Indian journal of veterinary science and animal husbandry - Volume 4,
Year: 1934
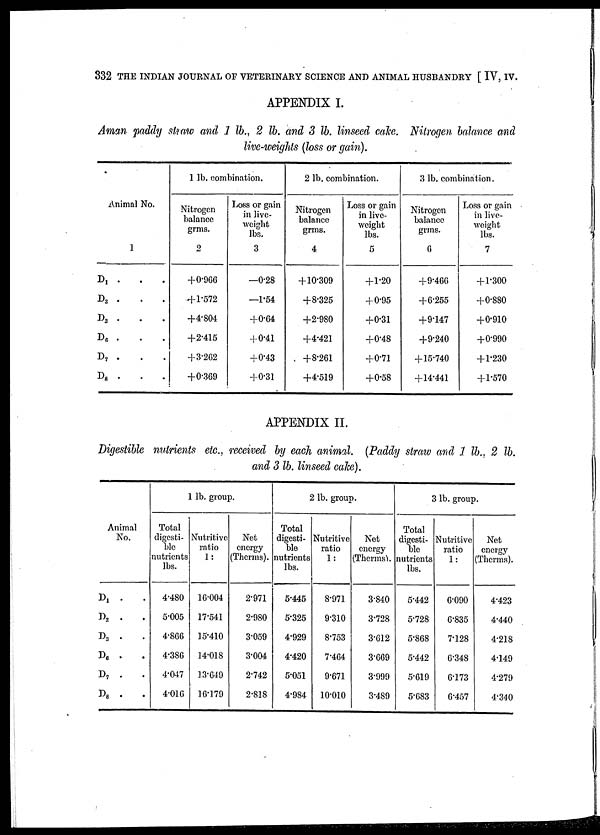
332 THE INDIAN JOURNAL OF VETERINARY SCIENCE AND ANIMAL HUSBANDRY [ IV, IV.
APPENDIX I.
Aman paddy straw and 1 lb., 2 lb. and 3 lb. linseed cake. Nitrogen balance and
live-weights (loss or gain).
Animal No.
1
D 1 .
.
.
D 2 .
. .
D 3 .
.
.
D 6 .
.
.
D 7 . . .
D 8 .
.
.
1 lb. combination.
Nitrogen
balance
grms.
2
+0.966
+1.572
+4.804
+2.415
+3.262
+0.369
Loss or gain
in live-
weight
lbs.
3
—0.28
—1.54
+0.64
+ 0.41
+0.43
+0.31
2 lb. combination.
Nitrogen
balance
grms.
4
+10.309
+8.325
+2.980
+4.421
+8.261
+4.519
Loss or gain
in live-
weight
lbs.
5
+1.20
+0.95
+0.31
+0.48
+0.71
+0.58
3 lb. combination.
Nitrogen
balance
grms.
6
+9.466
+6.255
+9.147
+9.240
+ 15.740
+14.441
Loss or gain
in live-
weight
lbs.
7
+ 1.300
+0.880
+0.910
+0.990
+1.230
+1.570
APPENDIX II.
Digestible nutrients etc., received by each animal. (Paddy straw and 1 lb., 2 lb.
and 3 lb. linseed cake).
Animal
No.
D 1 .
.
D 2 . .
D 3 .
.
D 6 .
.
D 7 .
.
D 8 .
.
1 lb. group.
Total
digesti-
ble
nutrients
lbs.
4.480
5.005
4.866
4.386
4.047
4.016
Nutritive
ratio
1:
16.004
17.541
15.410
14.018
13.649
16.179
Net
energy
(Therms).
2.971
2.980
3.059
3.004
2.742
2.818
2 lb. group.
Total
digesti-
ble
nutrients
lbs.
5.445
5.325
4.929
4.420
5.051
4.984
Nutritive
ratio
1:
8.971
9.310
8.753
7.464
9.671
10.010
Net
energy
(Therms).
3.840
3.728
3.612
3.669
3.999
3.489
3 lb. group.
Total
digesti-
ble
nutrients
lbs.
5.442
5.728
5.868
5.442
5.619
5.683
Nutritive
ratio
1:
6.090
6.835
7.128
6.348
6.173
6.457
Net
energy
(Therms).
4.423
4.440
4.218
4.149
4.279
4.340